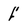
Character: f